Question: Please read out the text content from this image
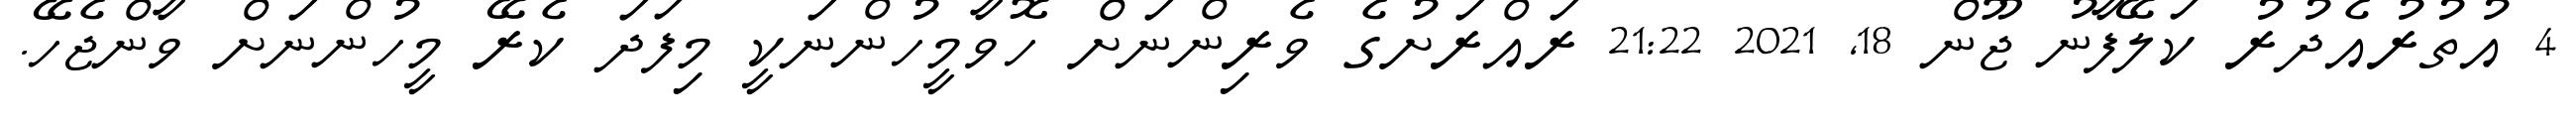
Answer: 4 އުތުރުއެދުރު ކަލޭފާނު ޖޫން 18, 2021 21:22 ރައްރަށުގެ ވެރިންނަށް ހޮވާމީހުންނަކީ މިފަދަ ކެރޭ މީހުންނަށް ވާންޖެހޭ.